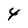
Character: 4